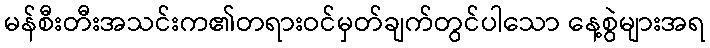
မန်စီးတီးအသင်းက၏တရားဝင်မှတ်ချက်တွင်ပါသော နေ့စွဲများအရ